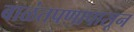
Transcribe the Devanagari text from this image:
बाळंतपणापासून